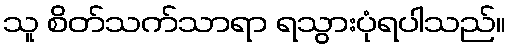
သူ စိတ်သက်သာရာ ရသွားပုံရပါသည်။